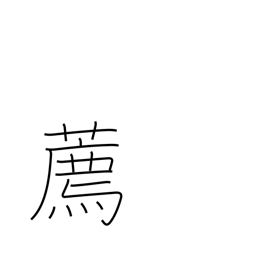
Meaning: encourage